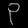
Digit: ၃